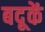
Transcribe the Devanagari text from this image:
बदूकें